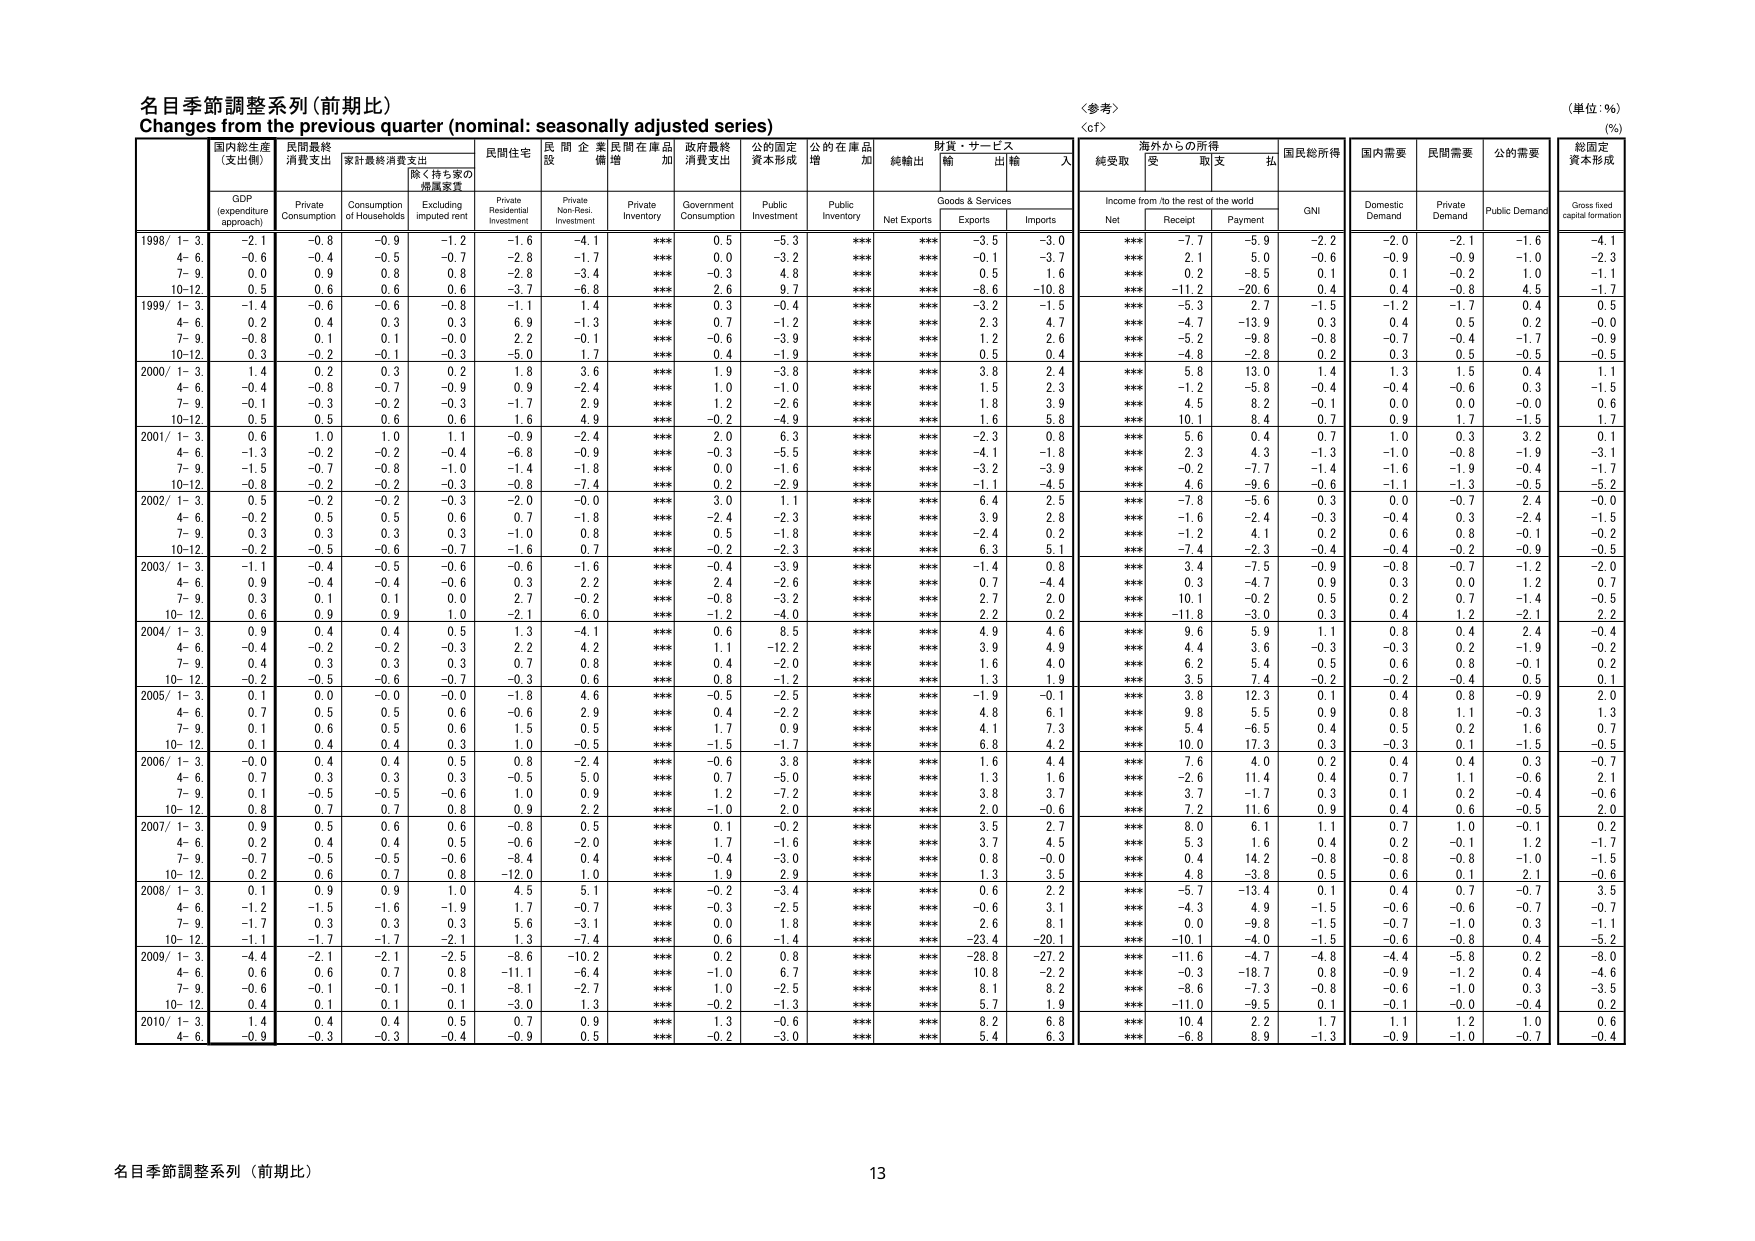
名目季節調整系列（前期比）
Changes from the previous quarter (nominal: seasonally adjusted series)
〈参考〉
〈cf〉
（単位：%）
(%)

国内総生産
（支出側）
GDP
(expenditure approach)
民間最終
消費支出
Private
Consumption
家計最終消費支出
Consumption
of Households
除く持ち家の
帰属家賃
Excluding
imputed rent
民間住宅
Private
Residential
Investment
民間企業
設備
Private
Non-Res.
Investment
民間在庫品
増加
Private
Inventory
政府最終
消費支出
Government
Consumption
公的固定
資本形成
Public
Investment
公的在庫品
増加
Public
Inventory
純輸出
Net Exports
財貨・サービス
輸出
Exports
輸入
Imports
海外からの所得
Income from/to the rest of the world
純受取
Net
受取
Receipt
支払
Payment
国民総所得
GNI
国内需要
Domestic
Demand
民間需要
Private
Demand
公的需要
Public Demand
総固定
資本形成
Gross fixed
capital formation

1998/ 1- 3.
-2.1
-0.8
-0.9
-1.2
-1.6
-4.1
***
0.5
-5.3
***
***
-3.5
-3.0
***
-7.7
-5.9
-2.2
-2.0
-2.1
-1.6
-4.1
4- 6.
-0.6
-0.4
-0.5
-0.7
-2.8
-1.7
***
0.0
-3.2
***
***
-0.1
-3.7
***
2.1
5.0
-0.6
-0.9
-0.9
-1.0
-2.3
7- 9.
0.0
0.9
0.8
0.8
-2.8
-3.4
***
-0.3
4.8
***
***
0.5
1.6
***
0.2
-8.5
0.1
0.1
-0.2
1.0
-1.1
10-12.
0.5
0.6
0.6
0.6
-3.7
-6.8
***
2.6
9.7
***
***
-8.6
-10.8
***
-11.2
-20.6
0.4
0.4
-0.8
4.5
-1.7

1999/ 1- 3.
-1.4
-0.6
-0.6
-0.8
-1.1
1.4
***
0.3
-0.4
***
***
-3.2
-1.5
***
-5.3
2.7
-1.5
-1.2
-1.7
0.4
0.5
4- 6.
0.2
0.4
0.3
0.3
6.9
-1.3
***
0.7
-1.2
***
***
2.3
4.7
***
-4.7
-13.9
0.3
0.4
0.5
0.2
-0.0
7- 9.
-0.8
0.1
0.1
-0.0
2.2
-0.1
***
-0.6
-3.9
***
***
1.2
2.6
***
-5.2
-9.8
-0.8
-0.7
-0.4
-1.7
-0.9
10-12.
0.3
-0.2
-0.1
-0.3
-5.0
1.7
***
0.4
-1.9
***
***
0.5
0.4
***
-4.8
-2.8
0.2
0.3
0.5
-0.5
-0.5

2000/ 1- 3.
1.4
0.2
0.3
0.2
1.8
3.6
***
1.9
-3.8
***
***
3.8
2.4
***
5.8
13.0
1.4
1.3
1.5
0.4
1.1
4- 6.
-0.4
-0.8
-0.7
-0.9
0.9
-2.4
***
1.0
-1.0
***
***
1.5
2.3
***
-1.2
-5.8
-0.4
-0.4
-0.6
0.3
-1.5
7- 9.
-0.1
-0.3
-0.2
-0.3
-1.7
2.9
***
1.2
-2.6
***
***
1.8
3.9
***
4.5
8.2
-0.1
0.0
0.0
-0.0
0.6
10-12.
0.5
0.5
0.6
0.6
1.6
4.9
***
-0.2
-4.9
***
***
1.6
5.8
***
10.1
8.4
0.7
0.9
1.7
-1.5
1.7

2001/ 1- 3.
0.6
1.0
1.0
1.1
-0.9
-2.4
***
2.0
6.3
***
***
-2.3
0.8
***
5.6
0.4
0.7
1.0
0.3
3.2
0.1
4- 6.
-1.3
-0.2
-0.2
-0.4
-6.8
-0.9
***
-0.3
-5.5
***
***
-4.1
-1.8
***
2.3
4.3
-1.3
-1.0
-0.8
-1.9
-3.1
7- 9.
-1.5
-0.7
-0.8
-1.0
-1.4
-1.8
***
0.0
-1.6
***
***
-3.2
-3.9
***
-0.2
-7.7
-1.4
-1.6
-1.9
-0.4
-1.7
10-12.
-0.8
-0.2
-0.2
-0.3
-0.8
-7.4
***
0.2
-2.9
***
***
-1.1
-4.5
***
4.6
-9.6
-0.6
-1.1
-1.3
-0.5
-5.2

2002/ 1- 3.
0.5
-0.2
-0.2
-0.3
-2.0
-0.0
***
3.0
1.1
***
***
6.4
2.5
***
-7.8
-5.6
0.3
0.0
-0.7
2.4
-0.0
4- 6.
-0.2
0.5
0.5
0.6
0.7
-1.8
***
-2.4
-2.3
***
***
3.9
2.8
***
-1.6
-2.4
-0.3
-0.4
0.3
-2.4
-1.5
7- 9.
0.3
0.3
0.3
0.3
-1.0
0.8
***
0.5
-1.8
***
***
-2.4
0.2
***
-1.2
4.1
0.2
0.6
0.8
-0.1
-0.2
10-12.
-0.2
-0.5
-0.6
-0.7
-1.6
0.7
***
-0.2
-2.3
***
***
6.3
5.1
***
-7.4
-2.3
-0.4
-0.4
-0.2
-0.9
-0.5

2003/ 1- 3.
-1.1
-0.4
-0.5
-0.6
-0.6
-1.6
***
-0.4
-3.9
***
***
-1.4
0.8
***
3.4
-7.5
-0.9
-0.8
-0.7
-1.2
-2.0
4- 6.
0.9
-0.4
-0.4
-0.6
0.3
2.2
***
2.4
-2.6
***
***
0.7
-4.4
***
0.3
-4.7
0.9
0.3
0.0
1.2
0.7
7- 9.
0.3
0.1
0.1
0.0
2.7
-0.2
***
-0.8
-3.2
***
***
2.7
2.0
***
10.1
-0.2
0.5
0.2
0.7
-1.4
-0.5
10-12.
0.6
0.9
0.9
1.0
-2.1
6.0
***
-1.2
-4.0
***
***
2.2
0.2
***
-11.8
-3.0
0.3
0.4
1.2
-2.1
2.2

2004/ 1- 3.
0.9
0.4
0.4
0.5
1.3
-4.1
***
0.6
8.5
***
***
4.9
4.6
***
9.6
5.9
1.1
0.8
0.4
2.4
-0.4
4- 6.
-0.4
-0.2
-0.2
-0.3
2.2
4.2
***
1.1
-12.2
***
***
3.9
4.9
***
4.4
3.6
-0.3
-0.3
0.2
-1.9
-0.2
7- 9.
0.4
0.3
0.3
0.3
0.7
0.8
***
0.4
-2.0
***
***
1.6
4.0
***
6.2
5.4
0.5
0.6
0.8
-0.1
0.2
10-12.
-0.2
-0.5
-0.6
-0.7
-0.3
0.6
***
0.8
-1.2
***
***
1.3
1.9
***
3.5
7.4
-0.2
-0.2
-0.4
0.5
0.1

2005/ 1- 3.
0.1
0.0
-0.0
-0.0
-1.8
4.6
***
-0.5
-2.5
***
***
-1.9
-0.1
***
3.8
12.3
0.1
0.4
0.8
-0.9
2.0
4- 6.
0.7
0.5
0.5
0.6
-0.6
2.9
***
0.4
-2.2
***
***
4.8
6.1
***
9.8
5.5
0.9
0.8
1.1
-0.3
1.3
7- 9.
0.1
0.6
0.5
0.6
1.5
0.5
***
1.7
0.9
***
***
4.1
7.3
***
5.4
-6.5
0.4
0.5
0.2
1.6
0.7
10-12.
0.1
0.4
0.4
0.3
1.0
-0.5
***
-1.5
-1.7
***
***
6.8
4.2
***
10.0
17.3
0.3
-0.3
0.1
-1.5
-0.5

2006/ 1- 3.
-0.0
0.4
0.4
0.5
0.8
-2.4
***
-0.6
3.8
***
***
1.6
4.4
***
7.6
4.0
0.2
0.4
0.4
0.3
-0.7
4- 6.
0.7
0.3
0.3
0.3
-0.5
5.0
***
0.7
-5.0
***
***
1.3
1.6
***
-2.6
11.4
0.4
0.7
1.1
-0.6
2.1
7- 9.
0.1
-0.5
-0.5
-0.6
1.0
0.9
***
1.2
-7.2
***
***
3.8
3.7
***
3.7
-1.7
0.3
0.1
0.2
-0.4
-0.6
10-12.
0.8
0.7
0.7
0.8
0.9
2.2
***
-1.0
2.0
***
***
2.0
-0.6
***
7.2
11.6
0.9
0.4
0.6
-0.5
2.0

2007/ 1- 3.
0.9
0.5
0.6
0.6
-0.8
0.5
***
0.1
-0.2
***
***
3.5
2.7
***
8.0
6.1
1.1
0.7
1.0
-0.1
0.2
4- 6.
0.2
0.4
0.4
0.5
-0.6
-2.0
***
1.7
-1.6
***
***
3.7
4.5
***
5.3
1.6
0.4
0.2
-0.1
1.2
-1.7
7- 9.
-0.7
-0.5
-0.5
-0.6
-8.4
0.4
***
-0.4
-3.0
***
***
0.8
-0.0
***
0.4
14.2
-0.8
-0.9
-0.8
-1.0
-1.5
10-12.
0.2
0.6
0.7
0.8
-12.0
1.0
***
1.9
2.9
***
***
1.3
3.5
***
4.8
-3.8
0.5
0.6
0.1
2.1
-0.6

2008/ 1- 3.
0.1
0.9
0.9
1.0
4.5
5.1
***
-0.2
-3.4
***
***
0.6
2.2
***
-5.7
-13.4
0.1
0.4
0.7
-0.7
3.5
4- 6.
-1.2
-1.5
-1.6
-1.9
1.7
-0.7
***
-0.3
-2.5
***
***
-0.6
3.1
***
-4.3
4.9
-1.5
-0.6
-0.6
-0.7
-0.7
7- 9.
-1.7
0.3
0.3
0.3
5.6
-3.1
***
0.0
1.8
***
***
2.6
8.1
***
0.0
-9.8
-1.5
-0.7
-1.0
0.3
-1.1
10-12.
-1.1
-1.7
-1.7
-2.1
1.3
7.4
***
0.6
-1.4
***
***
-23.4
-20.1
***
-10.1
-4.0
-1.5
-0.6
-0.8
0.4
-5.2

2009/ 1- 3.
-4.4
-2.1
-2.1
-2.5
-8.6
-10.2
***
0.2
0.8
***
***
-28.8
-27.2
***
-11.6
-4.7
-4.8
-4.4
-5.8
0.2
-8.0
4- 6.
0.6
0.6
0.7
0.8
-11.1
-6.4
***
-1.0
6.7
***
***
10.8
-2.2
***
-0.3
-18.7
0.8
-0.9
-1.2
0.4
-4.6
7- 9.
-0.6
-0.1
-0.1
-0.1
-8.1
-2.7
***
1.0
-2.5
***
***
8.1
8.2
***
-8.6
-7.3
-0.8
-0.6
-1.0
0.3
-3.5
10-12.
0.4
0.1
0.1
0.1
-3.0
1.3
***
-0.2
-1.3
***
***
5.7
1.9
***
-11.0
-9.5
0.1
-0.1
-0.0
-0.4
0.2

2010/ 1- 3.
1.4
0.4
0.4
0.5
0.7
0.9
***
1.3
-0.6
***
***
8.2
6.8
***
10.4
2.2
1.7
1.1
1.2
1.0
0.6
4- 6.
-0.9
-0.3
-0.3
-0.4
-0.9
0.5
***
-0.2
-3.0
***
***
5.4
6.3
***
-6.8
8.9
-1.3
-0.9
-1.0
-0.7
-0.4

名目季節調整系列（前期比）
13